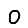
Digit: 0